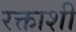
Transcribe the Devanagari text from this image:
रक्ताशी